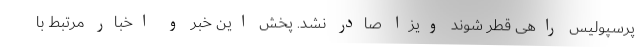
پرسپولیس راهی قطر شوند ویزا صادر نشد. پخش این خبر و اخبار مرتبط با